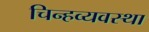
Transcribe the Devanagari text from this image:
चिन्हव्यवस्था